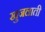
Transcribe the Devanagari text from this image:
खुजलाती